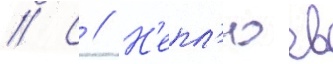
// С // Н'епл'юев